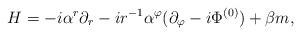
LaTeX: \begin{align*}H =-i\alpha^{r}\partial_{r} -ir^{-1}\alpha^{\varphi}(\partial_{\varphi}-i\Phi^{(0)}) + \beta m ,\end{align*}